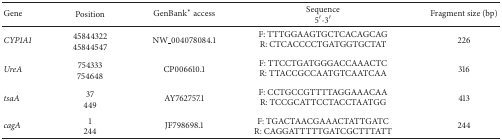
| Gene | Position | GenBank* access | Sequence 5′-3′ | Fragment size (bp) |
 | --- | --- | --- | --- | --- |
 | CYP1A1 | 45844322 45844547 | NW_004078084.1 | F: TTTGGAAGTGCTCACAGCAG R: CTCACCCCTGATGGTGCTAT | 226 |
 | UreA | 754333 754648 | CP006610.1 | F: TTCCTGATGGGACCAAACTC R: TTACCGCCAATGTCAATCAA | 316 |
 | tsaA | 37 449 | AY762757.1 | F: CCTGCCGTTTTAGGAAACAA R: TCCGCATTCCTACCTAATGG | 413 |
 | cagA | 1 244 | JF798698.1 | F: TGACTAACGAAACTATTGATC R: CAGGATTTTTGATCGCTTTATT | 244 |